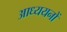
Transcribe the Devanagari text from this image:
आध्ययनों